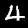
Digit: 4